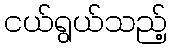
ငယ်ရွယ်သည့်